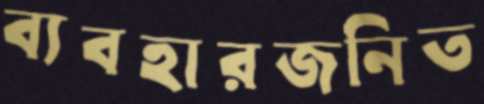
ব্যবহারজনিত